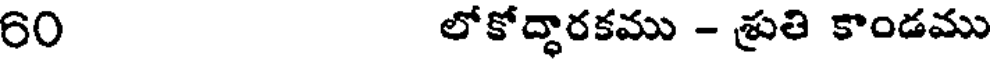
60 లోకోద్ధారకము - శ్రుతి కాండము